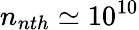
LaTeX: n_{nth}\simeq 10^{10}